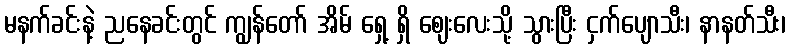
မနက်ခင်းနဲ့ ညနေခင်းတွင် ကျွန်တော် အိမ် ရှေ့ ရှိ ဈေးလေးသို့ သွားပြီး ငှက်ပျောသီး၊ နာနတ်သီး၊